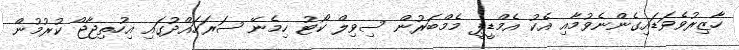
ހާޒިރުވެވަޑައިގެންނެވުމާއި އެކު އެމްޑީޕީ މެމްބަރުން ސިވިލް ކޯޓު ހިމެނޭ ސަރަހައްދުގައި އިހުތިޖާޖް ކުރުމުން